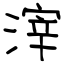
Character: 滓